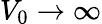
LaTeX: V_{0}\to\infty